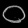
Digit: ၀